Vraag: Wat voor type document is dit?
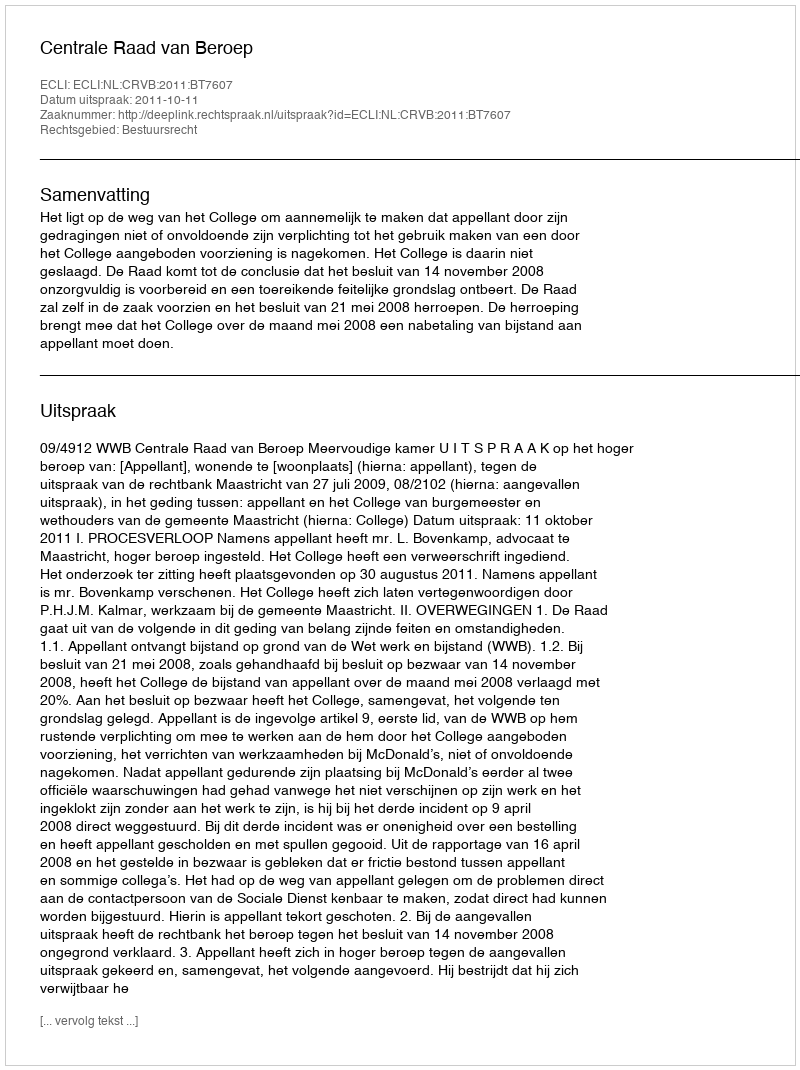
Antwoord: Uitspraak